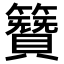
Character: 𮆪